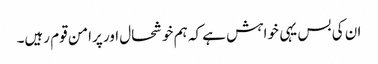
ان کی بس یہی خواہش ہے کہ ہم خوشحال اور پرامن قوم رہیں۔